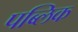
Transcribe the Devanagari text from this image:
पब्‍लिक